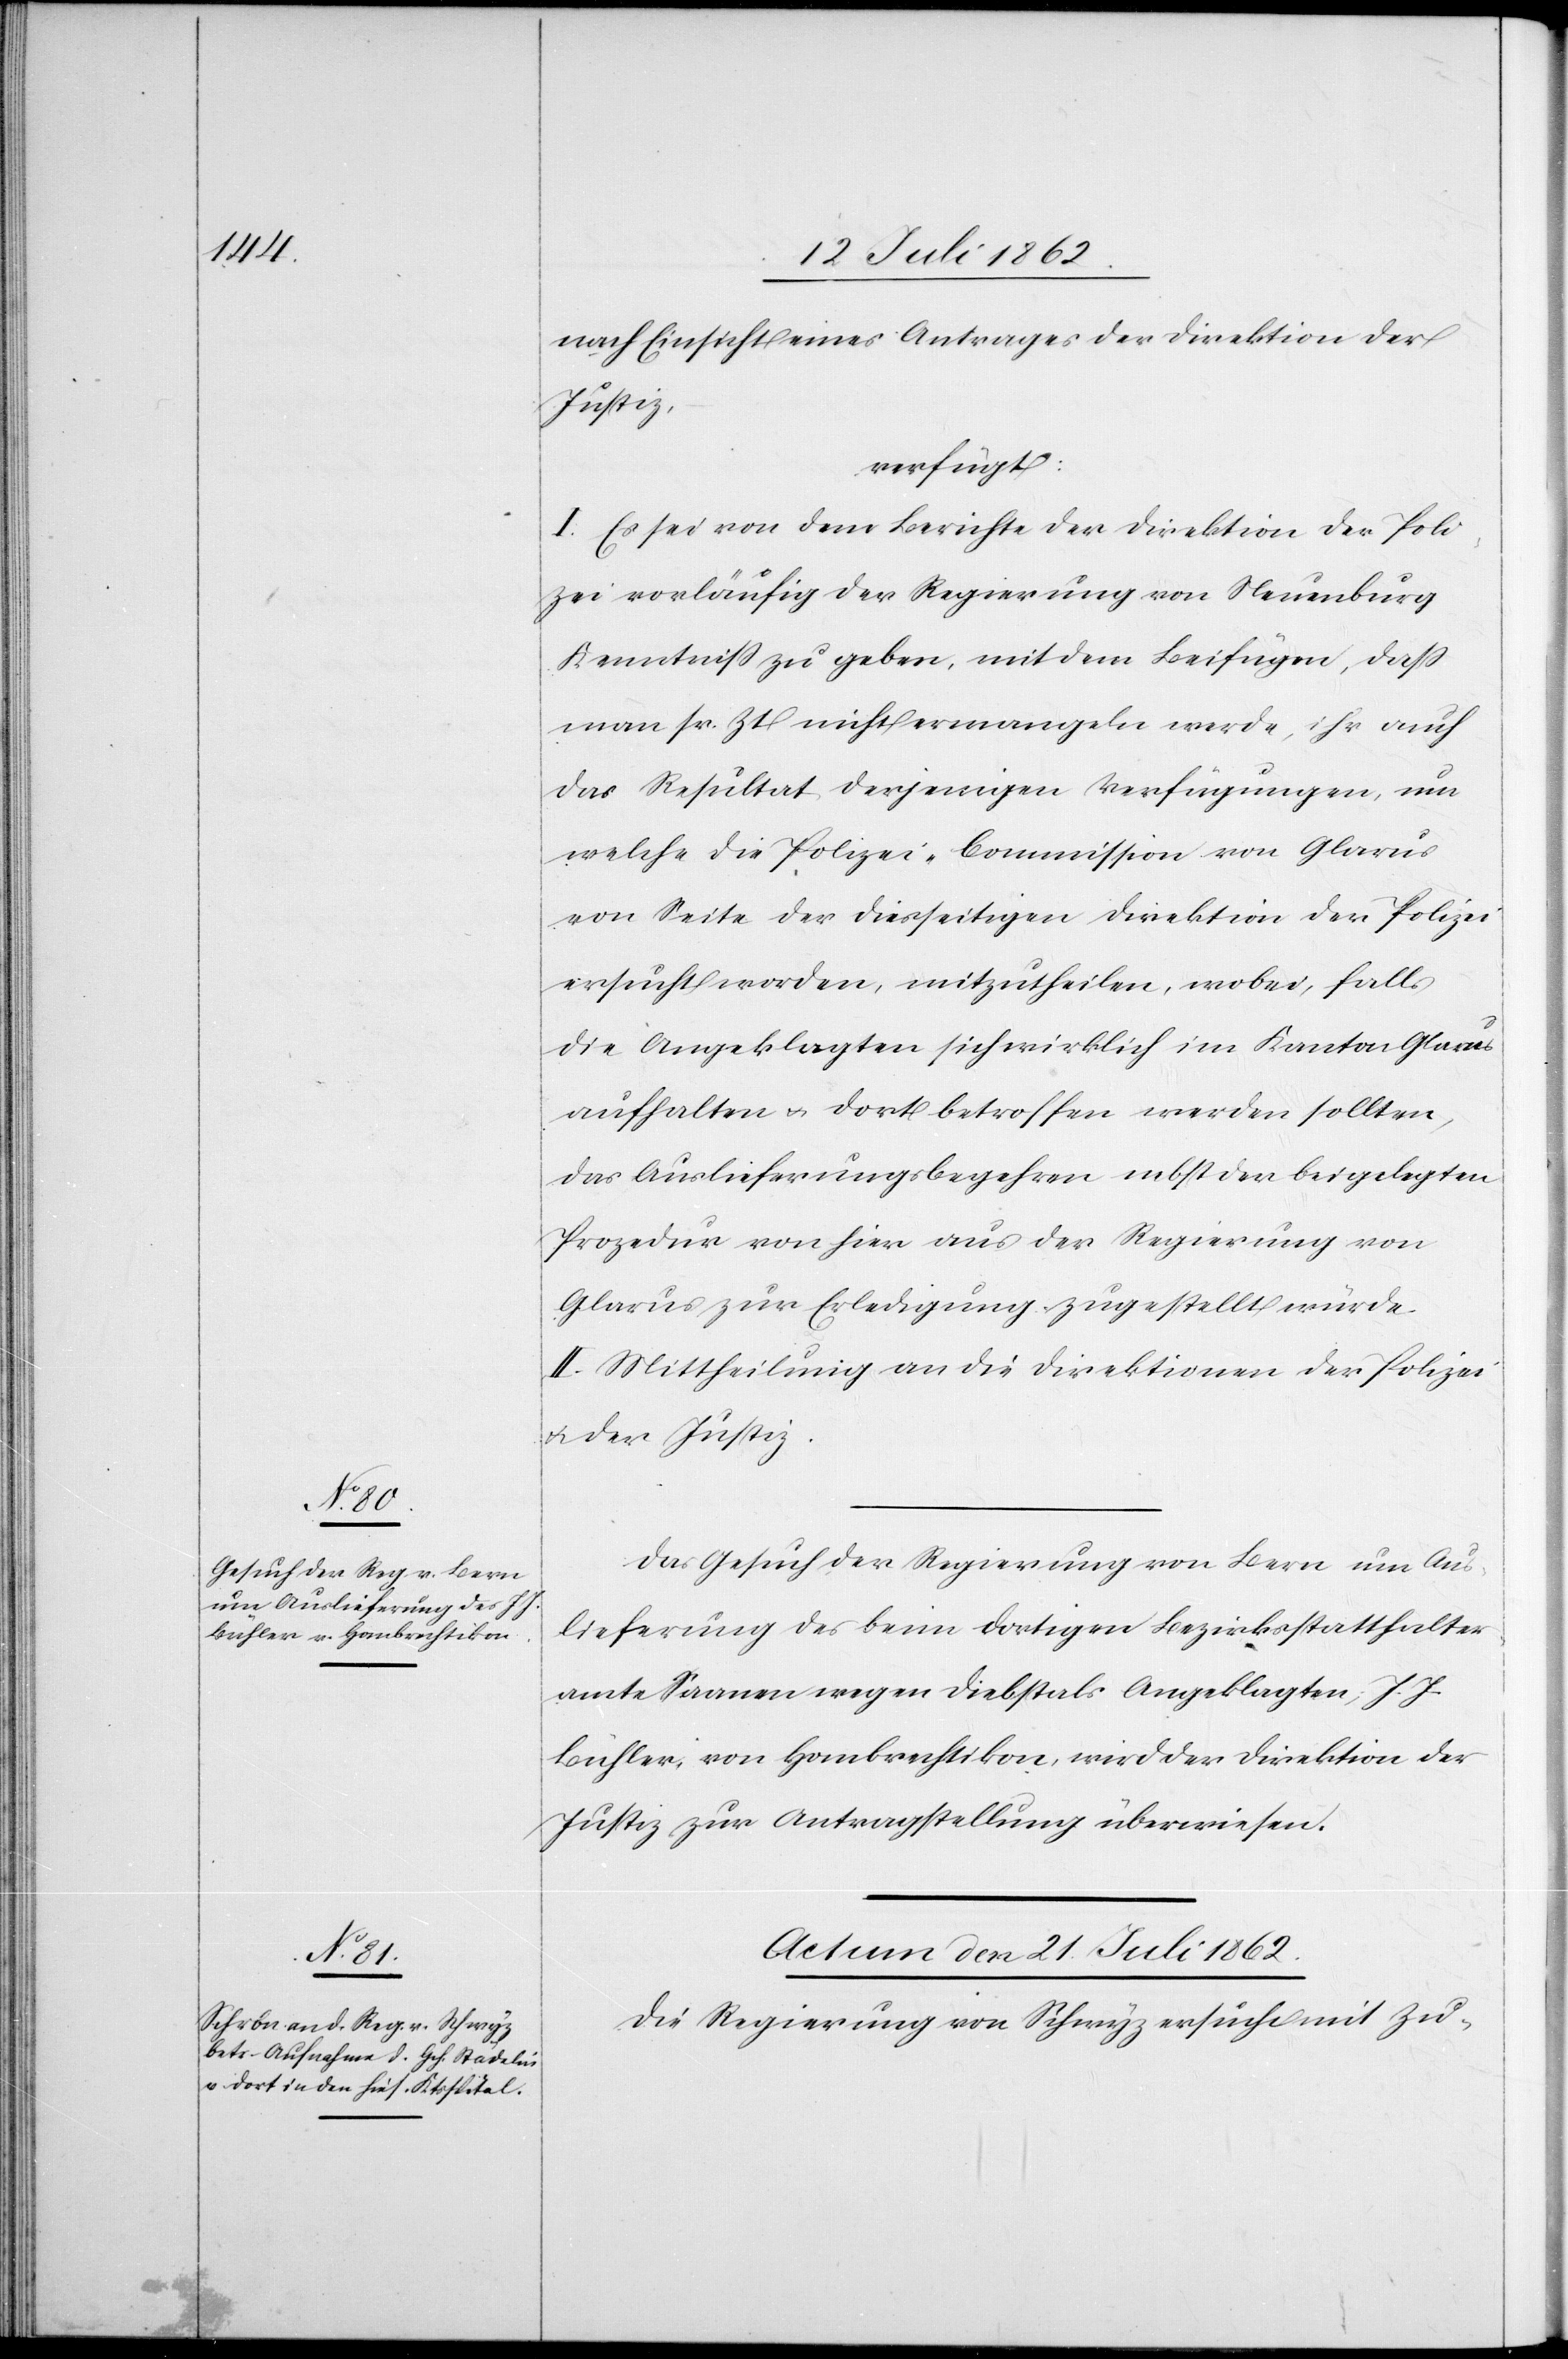
nach Einsicht eines Antrages der Direktion der
Justiz,
verfügt:
I. Es sei von dem Berichte der Direktion der Poli¬
zei vorläufig der Regierung von Neuenburg
Kenntniß zu geben, mit dem Beifügen, daß
man sr. Zt. nicht ermangeln werde, ihr auch
das Resultat derjenigen Verfügungen, um
welche die Polizei-Commission von Glarus
von Seite der diesseitigen Direktion der Polizei
ersucht worden, mitzutheilen, wobei, falls
die Angeklagten sich wirklich im Kanton Glarus
aufhalten u. dort betroffen werden sollten,
das Auflieferungsbegehren nebst der beigelegten
Prozedur von hier aus der Regierung von
Glarus zur Erledigung zugestellt würde.
II. Mittheilung an die Direktionen der Polizei
u. der Justiz.
Das Gesuch der Regierung von Bern um Aus¬
lieferung des beim dortigen Bezirksstatthalter¬
amte Samen wegen Diebstals Angeklagten, J. J.
Bühler, von Hombrechtikon, wird der Direktion der
Justiz zur Antragstellung überwiesen.
Actum den 21. Juli 1862.
Die Regierung von Schwyz ersucht mit Zu-